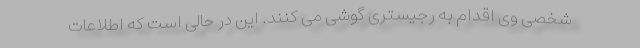
شخصی وی اقدام به رجیستری گوشی می کنند. این در حالی است که اطلاعات